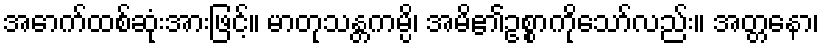
အောက်ထစ်ဆုံးအားဖြင့်။ မာတုသန္တကမ္ပိ၊ အမိ၏ဥစ္စာကိုသော်လည်း။ အတ္တနော၊